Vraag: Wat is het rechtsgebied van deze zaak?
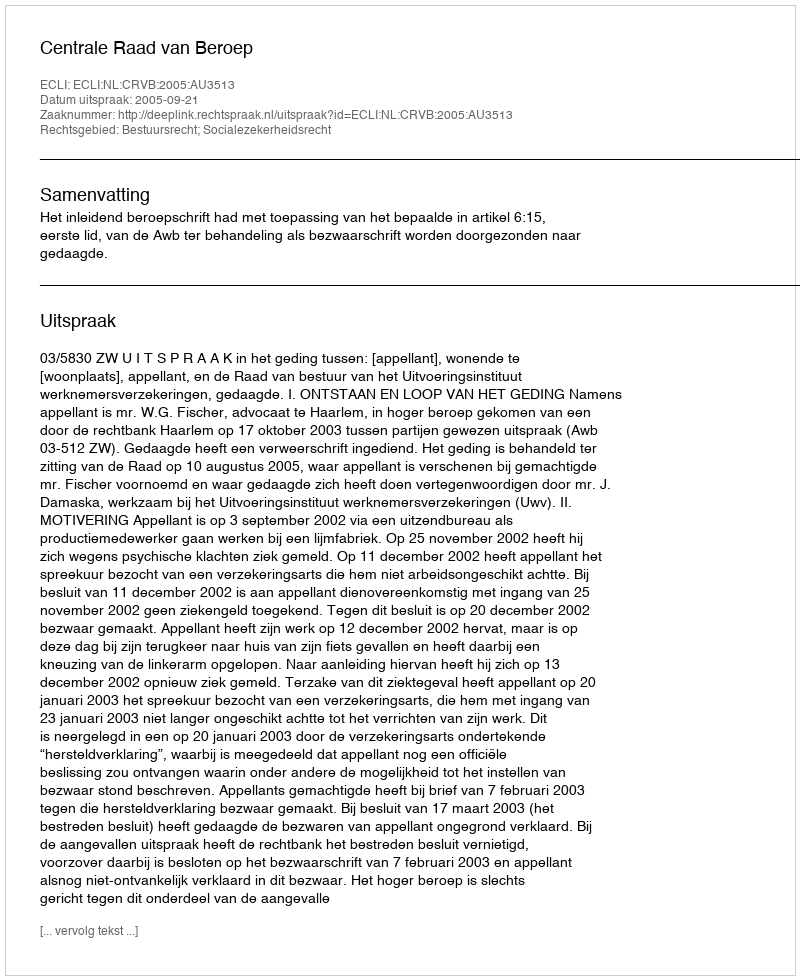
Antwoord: Bestuursrecht; Socialezekerheidsrecht